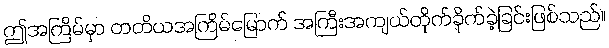
ဤအကြိမ်မှာ တတိယအကြိမ်မြောက် အကြီးအကျယ်တိုက်ခိုက်ခဲ့ခြင်းဖြစ်သည်။